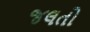
જલતો